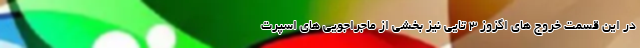
در این قسمت خروج های اگزوز 3 تایی نیز بخشی از ماجراجویی های اسپرت